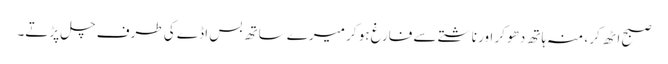
صبح اٹھ کر ، منہ ہاتھ دھو کر اور ناشتے سے فارغ ہو کر میرے ساتھ بس اڈے کی طرف چل پڑتے۔